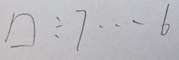
\square \div 7 \cdots 6